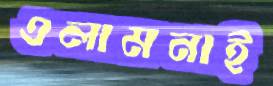
এলামনাই